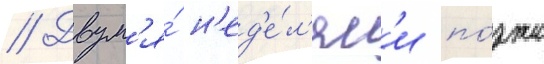
// Двум'я́ н'ед'е́л'ям'и по́зже